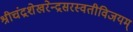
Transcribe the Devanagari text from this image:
श्रीचंद्रशेखरेन्द्रसरस्वतीविजयम्